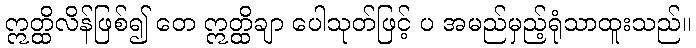
ဣတ္ထိလိန်ဖြစ်၍ တေ ဣတ္ထိချာ ပေါသုတ်ဖြင့် ပ အမည်မှည့်ရုံသာထူးသည်။